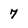
Character: 7